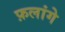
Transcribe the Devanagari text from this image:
फ़लांगे